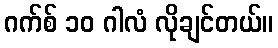
ဂက်စ် ၁၀ ဂါလံ လိုချင်တယ်။